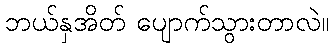
ဘယ်နှအိတ် ပျောက်သွားတာလဲ။